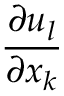
\frac { \partial u _ { l } } { \partial x _ { k } }